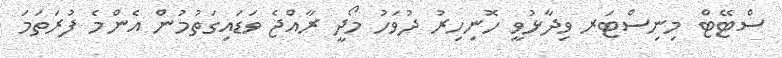
ސްޓޭޓް މިނިސްޓަރ ވިދާޅުވީ ހޮނިހިރު ދުވަހު މޯދީ ރާއްޖެ ވަޑައިގަތުމުން އެންމެ ފުރަތަމަ